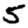
Digit: 5